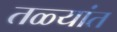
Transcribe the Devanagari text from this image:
तळ्यांत